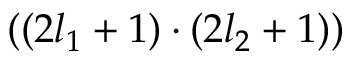
( ( 2 l _ { 1 } + 1 ) \cdot ( 2 l _ { 2 } + 1 ) )